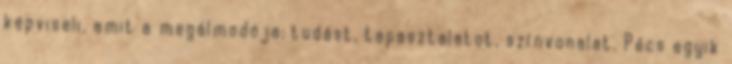
képviseli, amit a megálmodója: tudást, tapasztalatot, színvonalat. Pécs egyik